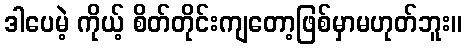
ဒါပေမဲ့ ကိုယ့် စိတ်တိုင်းကျတော့ဖြစ်မှာမဟုတ်ဘူး။